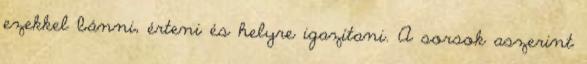
ezekkel bánni, érteni és helyre igazítani. A sorsok aszerint